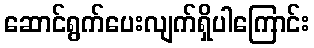
ဆောင်ရွက်ပေးလျက်ရှိပါကြောင်း